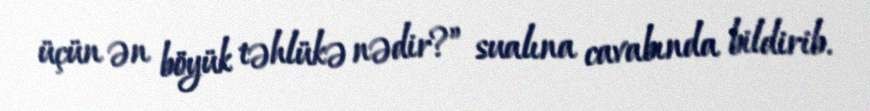
üçün ən böyük təhlükə nədir?” sualına cavabında bildirib.